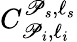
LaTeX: C_{\mathscr{P}_{i},\ell_{i}}^{\mathscr{P}_{s},\ell_{s}}